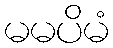
မမပိမံ